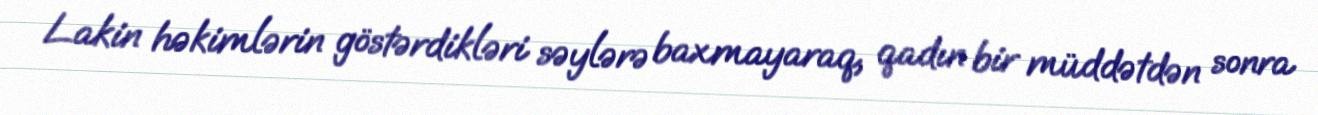
Lakin həkimlərin göstərdikləri səylərə baxmayaraq, qadın bir müddətdən sonra